Lunatic asylums Punjab 1895-1910 - 1895-1910
Year: 1895
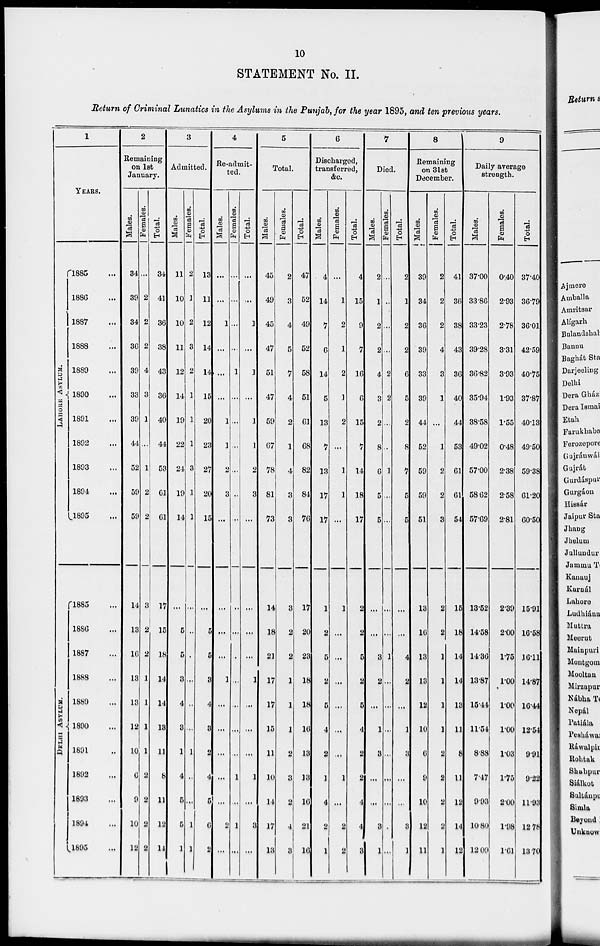
10
STATEMENT No. II.
Return of Criminal Lunatics in the Asylums in the Punjab, for the year 1895, and ten previous years.
1
YEARS.
LAHORE AS YL UM.
DELHI ASYLUM.
1885 ...
1886 ...
1887 ...
1888 ...
1889 ...
1890 ...
1891 ...
1892 ...
1893 ...
1894 ...
1895 ...
1885 ...
1886 ...
1887 ...
1888 ...
1889 ...
1890 ...
1891 ...
1892 ...
1893 ...
1894 ...
1895 ...
2
Remaining
on lst
January.
Males.
34
39
34
36
39
33
39
44
52
59
59
14
13
16
13
13
12
10
6
9
10
12
Females.
...
2
2
2
4
3
1
...
1
2
2
3
2
2
1
1
1
1
2
2
2
2
Total.
34
41
36
38
43
36
40
44
53
6l
6l
17
15
18
14
14
13
11
8
11
12
14
3
Admitted.
Males.
11
10
10
11
12
14
19
22
24
19
14
...
5
5
3
4
3
1
4
5
5
1
Females.
2
1
2
3
2
1
1
1
3
1
1
...
...
...
...
...
...
1
...
...
1
1
Total.
13
11
12
14
14
15
20
23
27
20
15
...
5
5
3
4
3
2
4
5
6
2
4
Re-admit-
ted.
Males.
...
...
1
...
...
...
1
1
2
3
...
...
...
...
...
...
...
...
...
...
Females.
...
...
...
...
1
...
...
...
2...
...
...
...
...
...
1
...
...
...
1
...
2
...
Total.
...
...
1
...
1
...
1
1
2
3
...
...
...
...
1
...
...
...
1
...
l
...
5
Total.
Males.
45
49
45
47
51
47
59
67
78
81
73
14
18
21
17
17
15
11
10
14
3
13
Females.
2
3
4
5
7
4
2
1
4
3
3
3
2
2
1
1
1
2
3
2
17
3
Total.
47
52
49
52
58
51
6l
68
82
84
76
17
20
23
18
18
l6
13
13
16
4
16
6
Discharged,
transferred,
&c.
Males.
4
14
7
6
14
5
13
7
13
17
17
1
2
5
2
5
4
2
1
4
21
1
Females.
...
1
2
1
2
1
2
...
1
1
...
1
...
...
...
...
...
...
1
...
2
2
Total.
4
15
9
7
16
6
15
7
14
18
17
2
2
5
2
5
4
2
2
4
4
3
7
Died.
Males.
2
1
2
2
4
3
2
8
6
5
5
...
...
3
2
...
...
3
...
...
3
1
Females.
...
...
...
...
2
2
...
...
1
...
...
...
...
1
...
...
4
...
...
...
...
...
Total.
2
1
2
2
6
5
2
8
7
5
5
...
...
4
2
...
1
3
...
...
3
1
8
Remaining
on 31st
December.
Males.
39
34
36
39
33
39
44
52
59
59
51
13
16
13
13
12
10
6
9
10
12
11
Females.
2
2
2
4
3
1
...
1
2
2
3
2
2
1
1
1
1
2
2
2
2
1
Total.
41
36
38
43
36
40
44
53
61
61
54
15
18
14
14
19
11
8
1l
12
14
l2
9
Daily average
strength.
Males.
37.00
33.86
3323
39.28
36.82
35.94
38.58
49.02
57.00
58 62
57.69
13.52
14.58
14.36
13.87
15.44
11.54
8.88
7.45
9.93
10.80
12.09
Females.
0.40
2.93
2.78
3.31
3.93
1.93
1.55
0.48
2.38
2.58
2.81
2.39
2.00
1.75
l.00
l.00
1.00
1.03
1.75
2.00
1.98
1.6
Total.
37.40
36.79
36.01
42.59
40.75
37.87
40.13
49.50
59.38
61.20
60.50
15.91
16.58
16.11
14.87
16.44
12.54
9.91
9.22
11.93
12.78
13.70